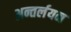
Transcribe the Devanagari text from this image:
अन्तर्लयन